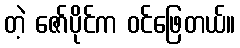
တဲ့ ဇော်ပိုင်က ဝင်ဖြေတယ်။